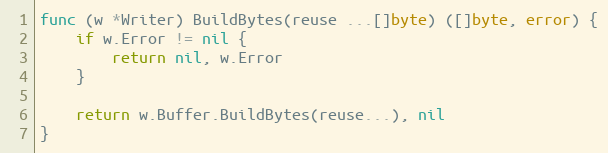
Language: Go
func (w *Writer) BuildBytes(reuse ...[]byte) ([]byte, error) {
	if w.Error != nil {
		return nil, w.Error
	}

	return w.Buffer.BuildBytes(reuse...), nil
}